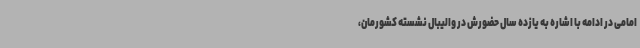
امامی در ادامه با اشاره به یازده سال حضورش در والیبال نشسته کشورمان،